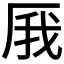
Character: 𠩙